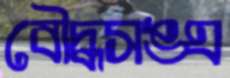
বৌদ্ধসঙ্ঘ